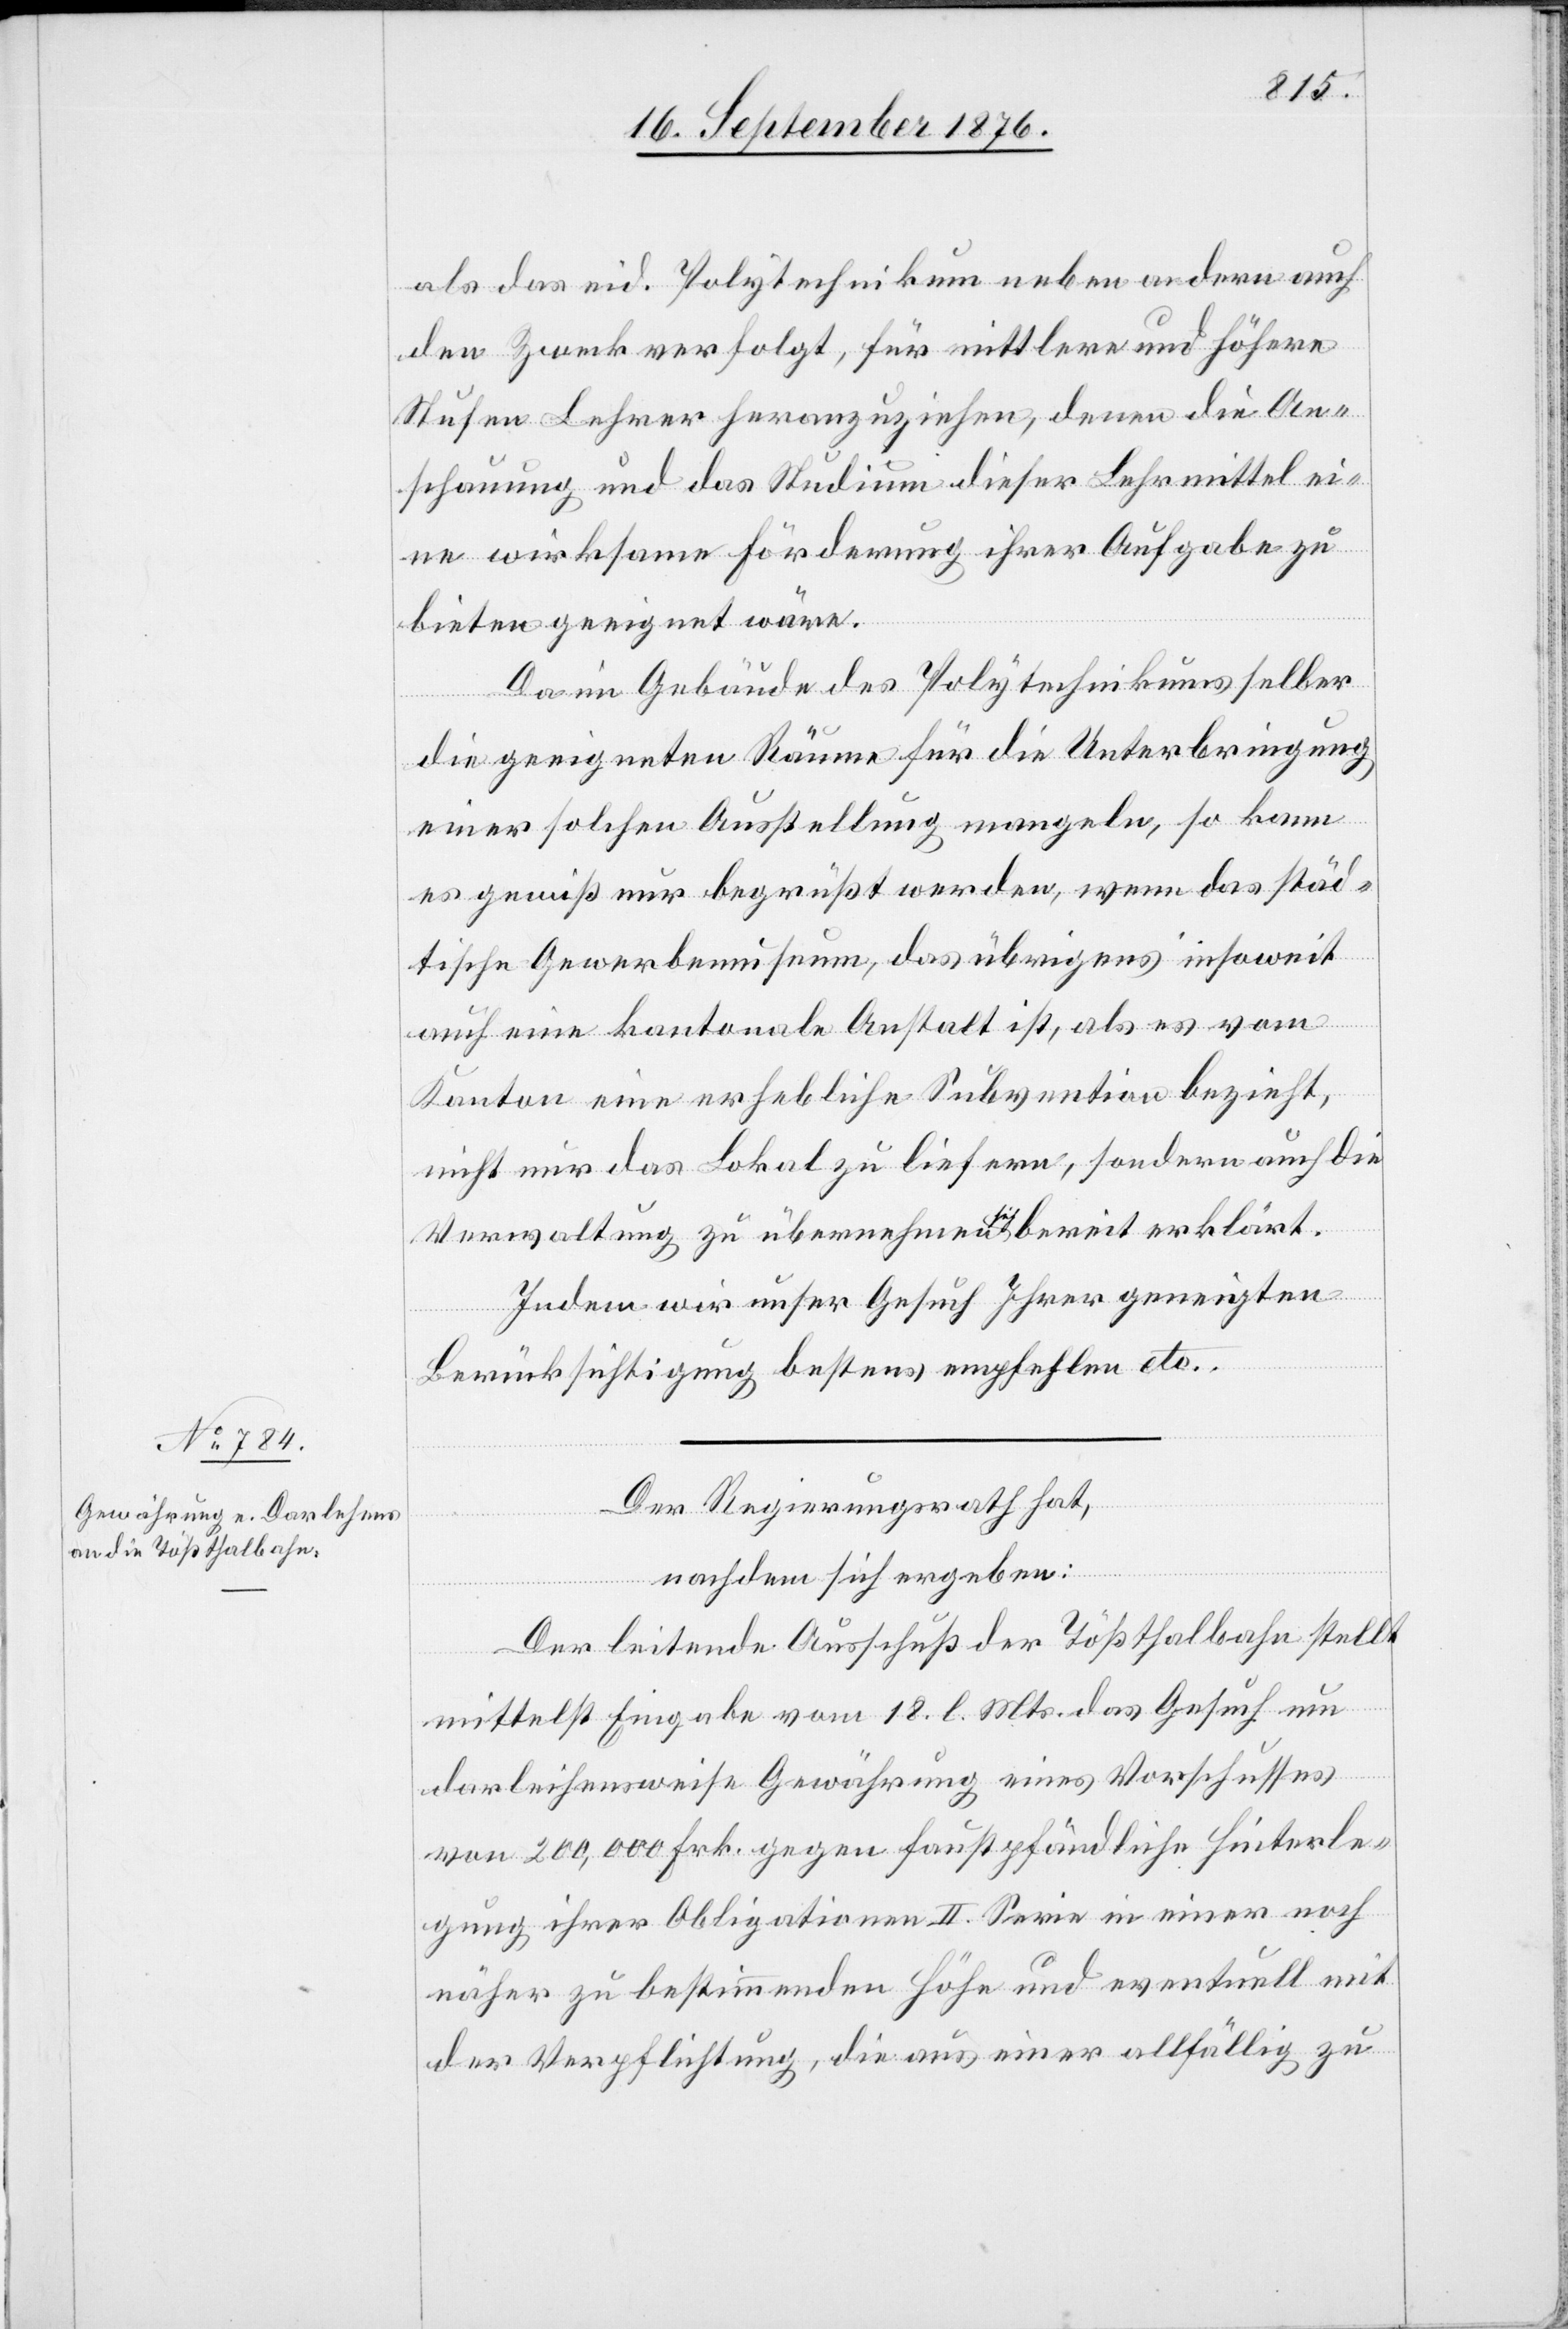
18. September 1876.]
als das eid. Polytechnikum neben andern auch
den Zweck verfolgt, für mittlere und höhere
Stufen Lehrer heranzuziehen, denen die An¬
schauung und das Studium dieser Lehrmittel ei¬
ne wirksame Förderung ihrer Aufgabe zu
bieten geeignet wäre.
Da im Gebäude des Polytechnikums selber
die geeigneten Räume für die Unterbringung
einer solchen Ausstellung mangeln, so kann
es gewiß nur begrüßt werden, wenn das städ¬
tische Gewerbemuseum, das übrigens insoweit
auch eine kantonale Anstalt ist, als es vom
Kanton eine erhebliche Subvention bezieht,
nicht nur das Lokal zu liefern, sondern auch die
Verwaltung zu übernehmen a sich a bereit erklärt.
Indem wir unser Gesuch Ihrer geneigten
Berücksichtigung bestens empfehlen etc.
Der Regierungsrath,
nachdem sich ergeben:
Der leitende Ausschuß der Tößthalbahn stellt
mittelst Eingabe vom 18. l. Mts. das Gesuch um
darleihensweise Gewährung eines Vorschusses
von 200,000 Frk. gegen faustpfändliche Hinterle¬
gung ihrer Obligationen II. Serie in einer noch
näher zu bestimmenden Höhe und eventuell mit
der Verpflichtung, die aus einer allfällig zu